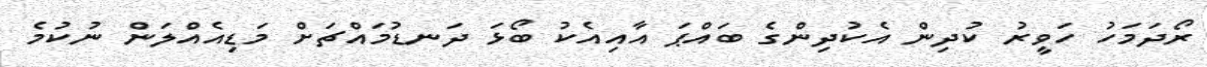
ރޯދަމަހު ހަވީރު ކުދިން އެކުދިންގެ ބައްޕަ އާއިއެކު ބޯޅަ ދަނޑުމައްޗަށް މަޑިއެއްލަން ނުކުމެ